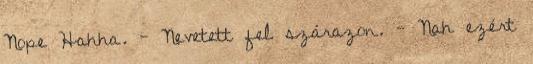
Nope Hahha. - Nevetett fel szárazon. - Nah ezért